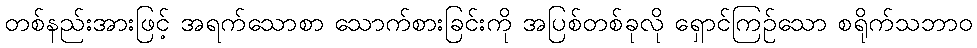
တစ်နည်းအားဖြင့် အရက်သောစာ သောက်စားခြင်းကို အပြစ်တစ်ခုလို ရှောင်ကြဉ်သော စရိုက်သဘာဝ